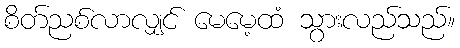
စိတ်ညစ်လာလျှင် မေမေ့ထံ သွားလည်သည်။